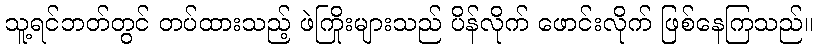
သူ့ရင်ဘတ်တွင် တပ်ထားသည့် ဖဲကြိုးများသည် ပိန်လိုက် ဖောင်းလိုက် ဖြစ်နေကြသည်။